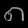
Digit: ၈